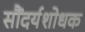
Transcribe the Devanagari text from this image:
सौंदर्यशोधक